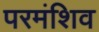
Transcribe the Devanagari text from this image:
परमंशिव